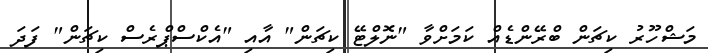
މަޝްހޫރު ކިޗަން ބްރޭންޑެއް ކަމަށްވާ "ނޮލްޓޭ ކިޗަން" އާއި "އެކްސްޕްރެސް ކިޗަން" ފަދަ